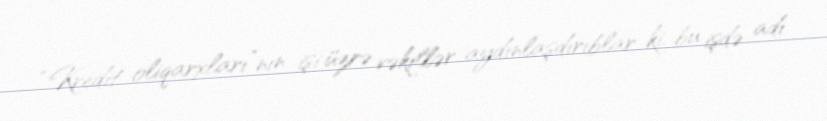
“Kredit oliqarxları”nın işi üzrə vəkillər aydınlaşdırıblar ki, bu işdə adı